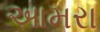
આમરા